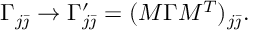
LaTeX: \Gamma _ { j \bar { \jmath } } \rightarrow \Gamma _ { j \bar { \jmath } } ^ { \prime } = ( M \Gamma M ^ { T } ) _ { j \bar { \jmath } } .